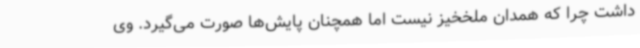
داشت چرا که همدان ملخخیز نیست اما همچنان پایش‌ها صورت می‌گیرد. وی